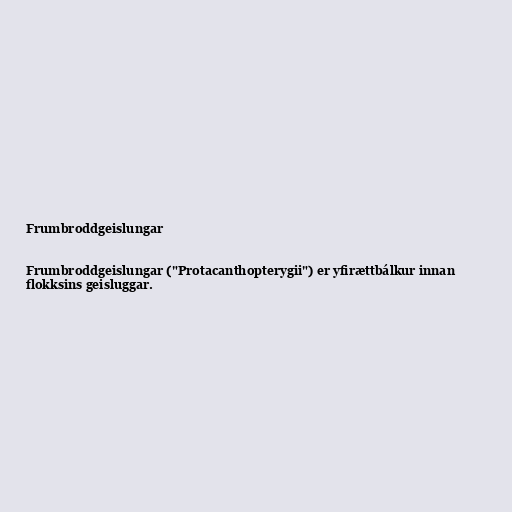
Frumbroddgeislungar

Frumbroddgeislungar ("Protacanthopterygii") er yfirættbálkur innan
flokksins geisluggar.